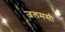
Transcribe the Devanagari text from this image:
जलमसी